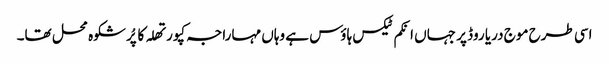
اسی طرح موج دریا روڈ پر جہاں انکم ٹیکس ہاؤس ہے وہاں مہاراجہ کپورتھلہ کا پُرشکوہ محل تھا۔